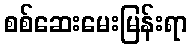
စစ်ဆေးမေးမြန်းရာ